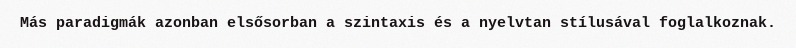
Más paradigmák azonban elsősorban a szintaxis és a nyelvtan stílusával foglalkoznak.